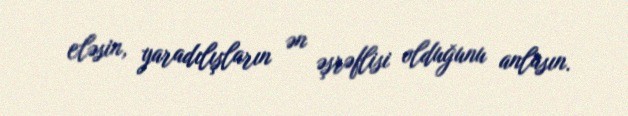
eləsin, yaradılışların ən əşrəflisi olduğunu anlasın.